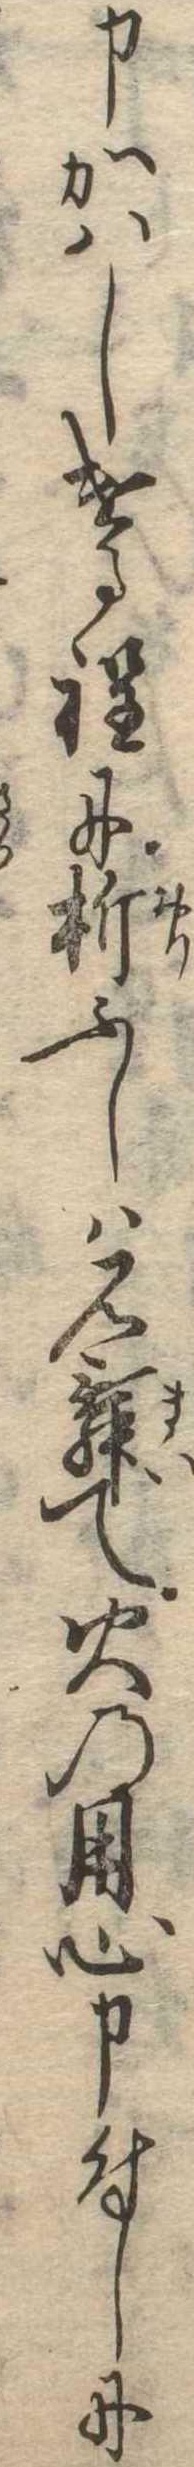
申かはしける程に折ふしは見舞て火の用心申付しに